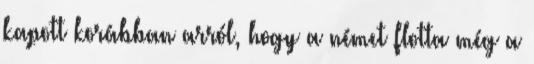
kapott korábban arról, hogy a német flotta még a